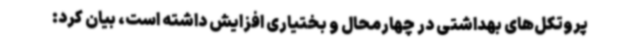
پروتکل‌های بهداشتی در چهارمحال و بختیاری افزایش داشته است، بیان کرد: